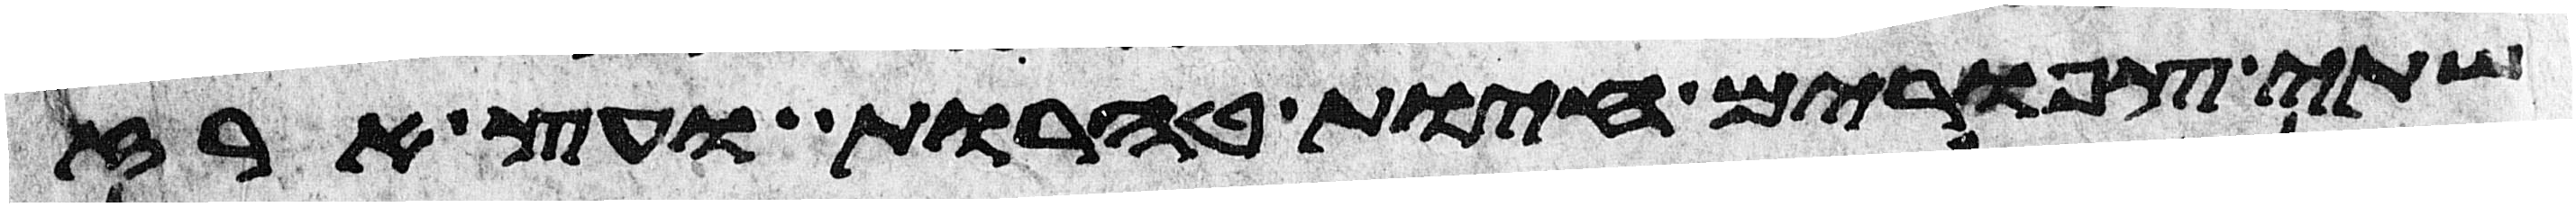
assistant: שתי צפורים חיות טהרות ועץ ארז